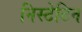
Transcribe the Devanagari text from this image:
निस्टेटिन